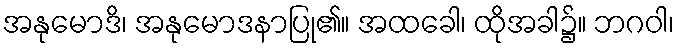
အနုမောဒိ၊ အနုမောဒနာပြု၏။ အထခေါ၊ ထိုအခါ၌။ ဘဂဝါ၊